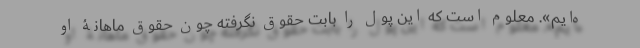
ه‌ایم». معلوم است که این پول را بابت حقوق نگرفته چون حقوق ماهانۀ او